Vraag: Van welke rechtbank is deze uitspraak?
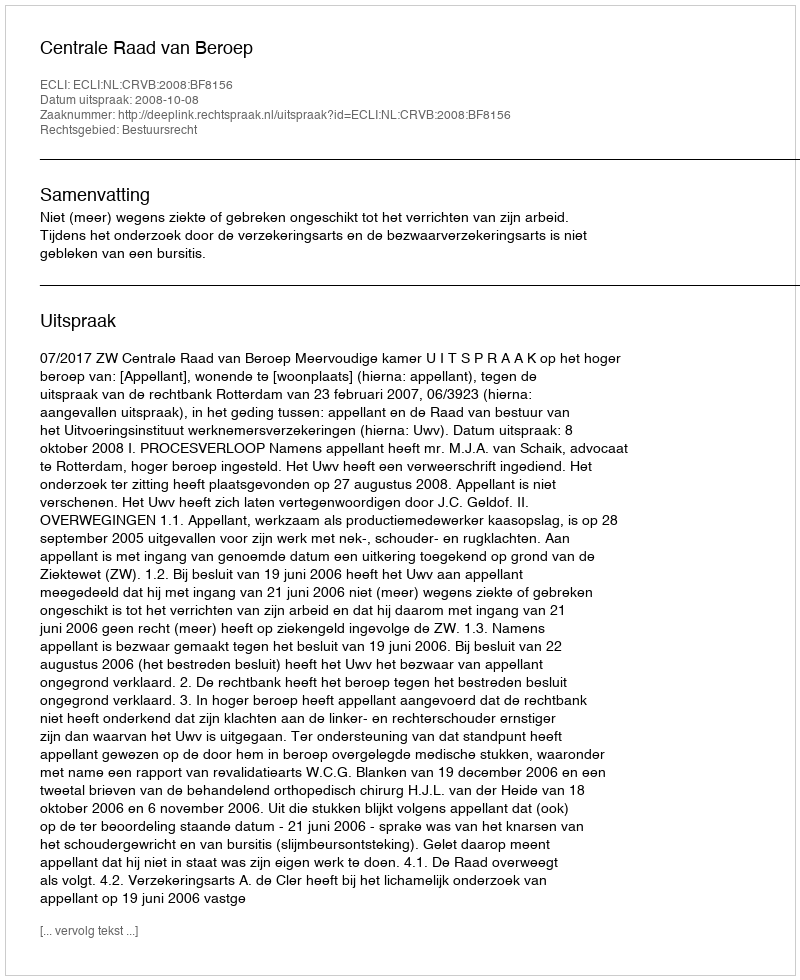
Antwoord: Centrale Raad van Beroep